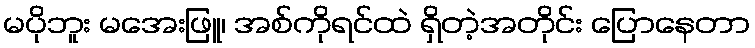
မပိုဘူး မအေးဖြူ၊ အစ်ကိုရင်ထဲ ရှိတဲ့အတိုင်း ပြောနေတာ